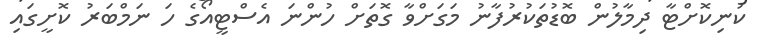
ކުނިކޮށްޓާ ދިމާލުން ބޮޑުތަކުރުފާނު މަގަށްވާ ގޮތަށް ހުންނަ އެސްޓީއޯގެ ހަ ނަމްބަރު ކޮށީގައި